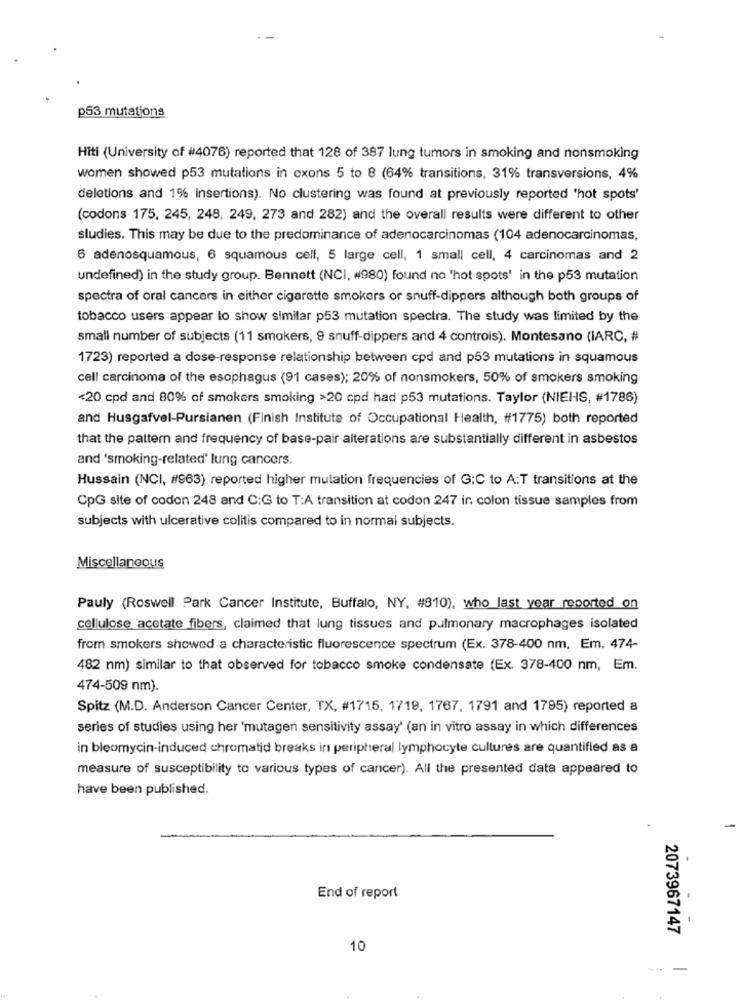
p53 mutations
Hiti (University of #4076) reported that 128 of 387 lung tumors in smoking and nonsmoking
women showed p53 mutations in exons 5 to 8 (64% transitions, 31% transversions, 4%
deletions and 1% insertions). No clustering was found at previously reported 'hot spots'
(codons 175, 245, 248, 249, 273 and 282) and the overall results were different to other
studies. This may be due to the predominance of adenocarcinomas (104 adenocarcinomas,
6 adenosquamous, 6 squamous cell, 5 large cell, 1 small cell, 4 carcinomas and 2
undefined) in the study group. Bennett (NCI, #980) found no 'hot spots' in the p53 mutation
spectra of oral cancers in either cigarette smokers or snuff-dippers although both groups of
tobacco users appear to show similar p53 mutation spectra. The study was limited by the
small number of subjects (11 smokers, 9 snuff-dippers and 4 controis). Montesano (IARC, #
1723) reported a dose-response relationship between cpd and p53 mutations in squamous
cell carcinoma of the esophagus (91 cases); 20% of nonsmokers, 50% of smokers smoking
<20 cpd and 80% of smokers smoking >20 cpd had p53 mutations. Taylor (NIEHS, #1786)
and Husgafvel-Pursianen (Finish Institute of Occupational Health, #1775) both reported
that the pattern and frequency of base-pair alterations are substantially different in asbestos
and 'smoking-related' lung cancers.
Hussain (NCI, #963) reported higher mutation frequencies of G:C to A:T transitions at the
CpG site of codon 248 and C:G to T:A transition at codon 247 in colon tissue samples from
subjects with ulcerative colitis compared to in normal subjects.
Miscellaneous
Pauly (Roswell Park Cancer Institute, Buffalo, NY, #810), who last year reported on
cellulose acetate fibers, claimed that lung tissues and pulmonary macrophages isolated
from smokers showed a characteristic fluorescence spectrum (Ex. 378-400 nm. Em. 474-
482 nm) similar to that observed for tobacco smoke condensate (Ex. 378-400 nm, Em.
474-509 nm).
Spitz (M.D. Anderson Cancer Center, TX, #1715, 1719, 1767, 1791 and 1795) reported a
series of studies using her 'mutagen sensitivity assay' (an in vitro assay in which differences
in bleomycin-induced chromatid breaks in peripheral lymphocyte cultures are quantified as a
measure of susceptibility to various types of cancer). All the presented data appeared to
have been published.
End of report
2073967147
10
---